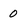
Character: 0